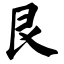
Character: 艮